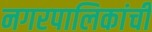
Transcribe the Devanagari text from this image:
नगरपालिकांची